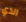
الذي